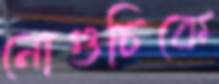
নোগুচিকে